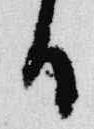
日